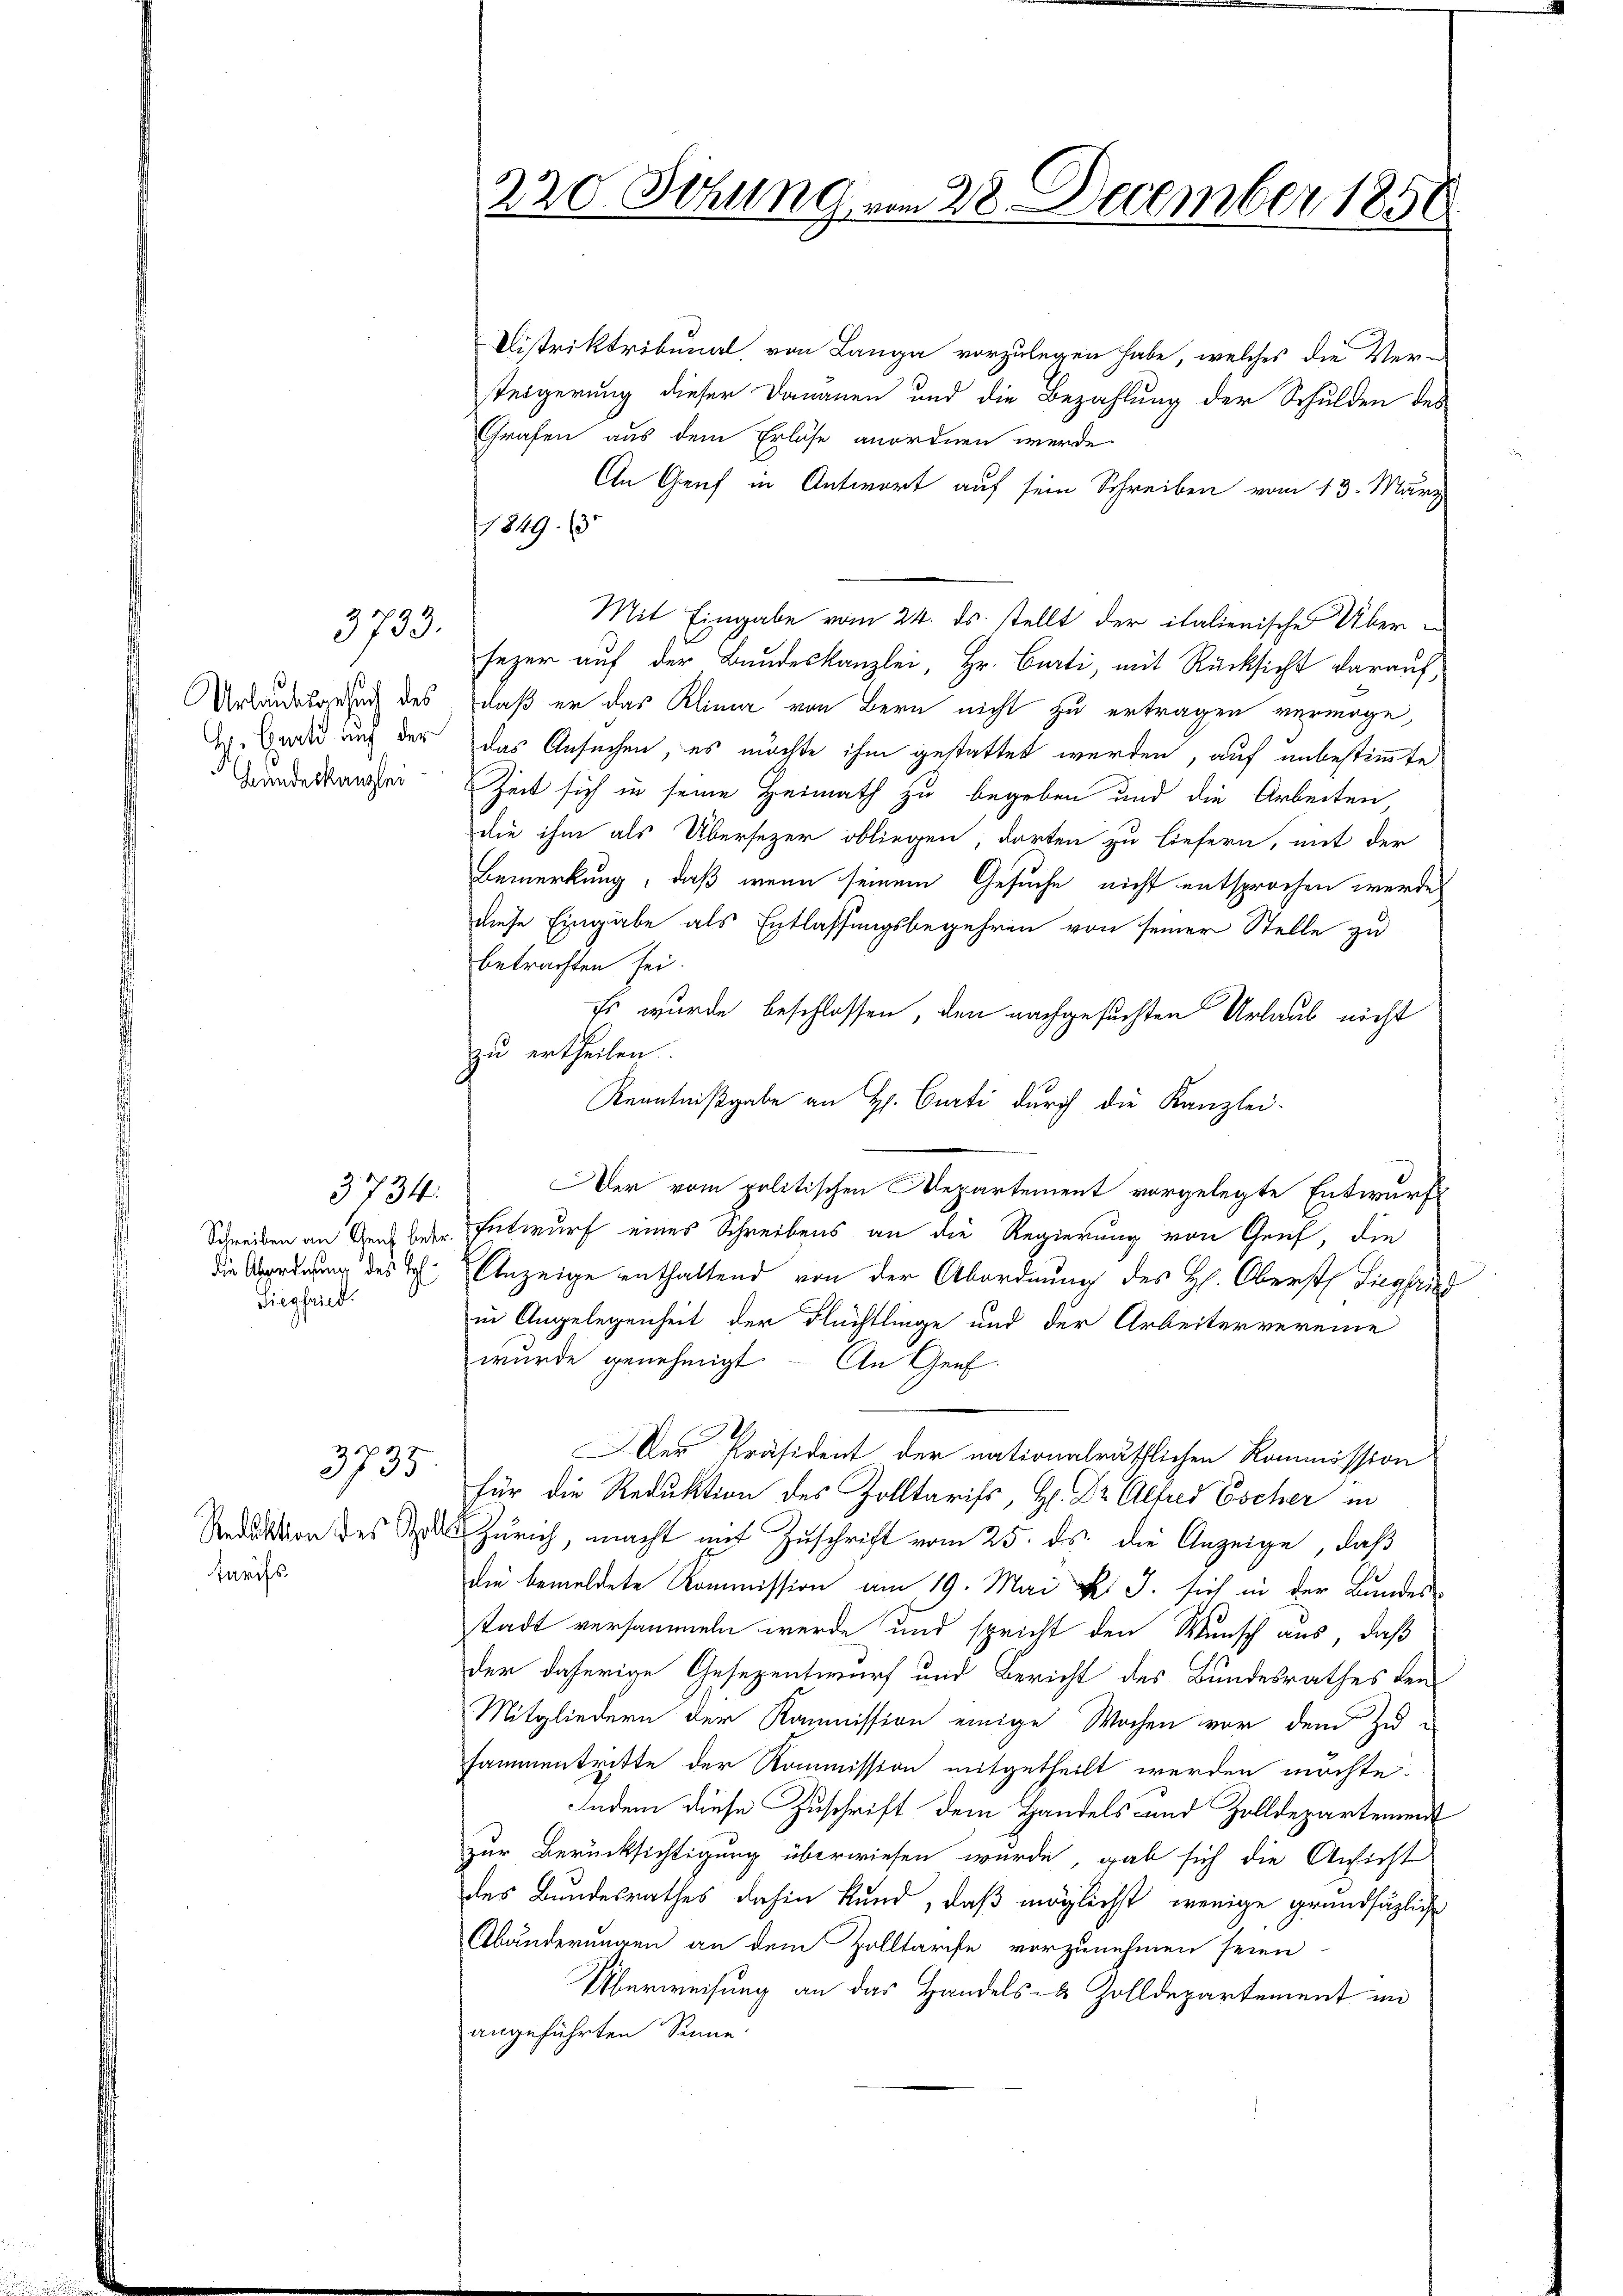
Bundeskanzler

3734.
Siegfried

2733.

2
3135

tarifs

Distriktribunal, von Lange vorzulegen habe, welches die Ver-
steigerung dieser Dananen und die Bezahlung der Schulden des
Grafen aus dem Erlöse anordnen werde
An Genf in Antwort auf sein Schreiben vom 13. März
349. 63
Mit Eingabe vom 24. ds. stellt der italienische Über e
sezer auf der Bundeskanzlei, Hr. Curti, mit Rücksicht darauf
Urbandesgesuch des, daß er das Klima von Bern nicht zu ertragen vermöge,
A. Brand auch der das Ansuchen, es möchte ihm gestattet werden, auf unbestimmte
Zeit sich in seine Heimath zu begeben und die Arbeiten,
die ihm als Übersezer obliegen, dorten zu liefern, mit der
Bemerkung, daß wenn seinem Gesuche nicht entsprochen werde,
diese Eingabe als Entlassungsbegehren von seiner Stelle zu
betrachten sei.
Es wurde beschlossen, den nachgesuchten Urlaub nicht
zu ertheilen.
Kenntnißgabe an H. Curti durch die Kanzlei-
Der vom politischen Departement vorgelegte Entwurf
Schreiben an den betr. Entwurf eines Schreibens an die Regierung von Genf, die
die Abordnung des I. Anzeige enthaltend von der Abordnung des H. Oberst Liegfried
in Angelegenheit der Flüchtlinge und der Arbeitervereine
wurde genehmigt. An Genf
Der Präsident der nationalräthlichen Kommission
für die Reduktion des Zolltarifs, H. Dr. Alfred Escher in
Reduktion des Stadt Zürich, macht mit Zuschrift vom 25. ds. die Anzeige, daß
die bemeldete Kommission am 19. Mai des J. sich in der Bundesstadt versammeln werde und spricht den Wunsch aus, daß
der daherige Gesezentwurf und Bericht des Bundesrathes den
Mitgliedern der Kommission einige Wochen vor dem Zusammentritte der Kommission mitgetheilt werden möchte.
Indem diese Zuschrift dem Handels- und Zolldepartement
zur Berücksichtigung überwiesen wurde, gab sich die Ansicht
des Bundesrathes dahin kund, daß möglichst, wenige grundsätzliche
Abänderungen an dem Zolltarife vorzunehmen seien
Überweisung an das Handels- & Zolldepartement im
angeführten Sinne.

220. Sitzung vom 28. December 185.